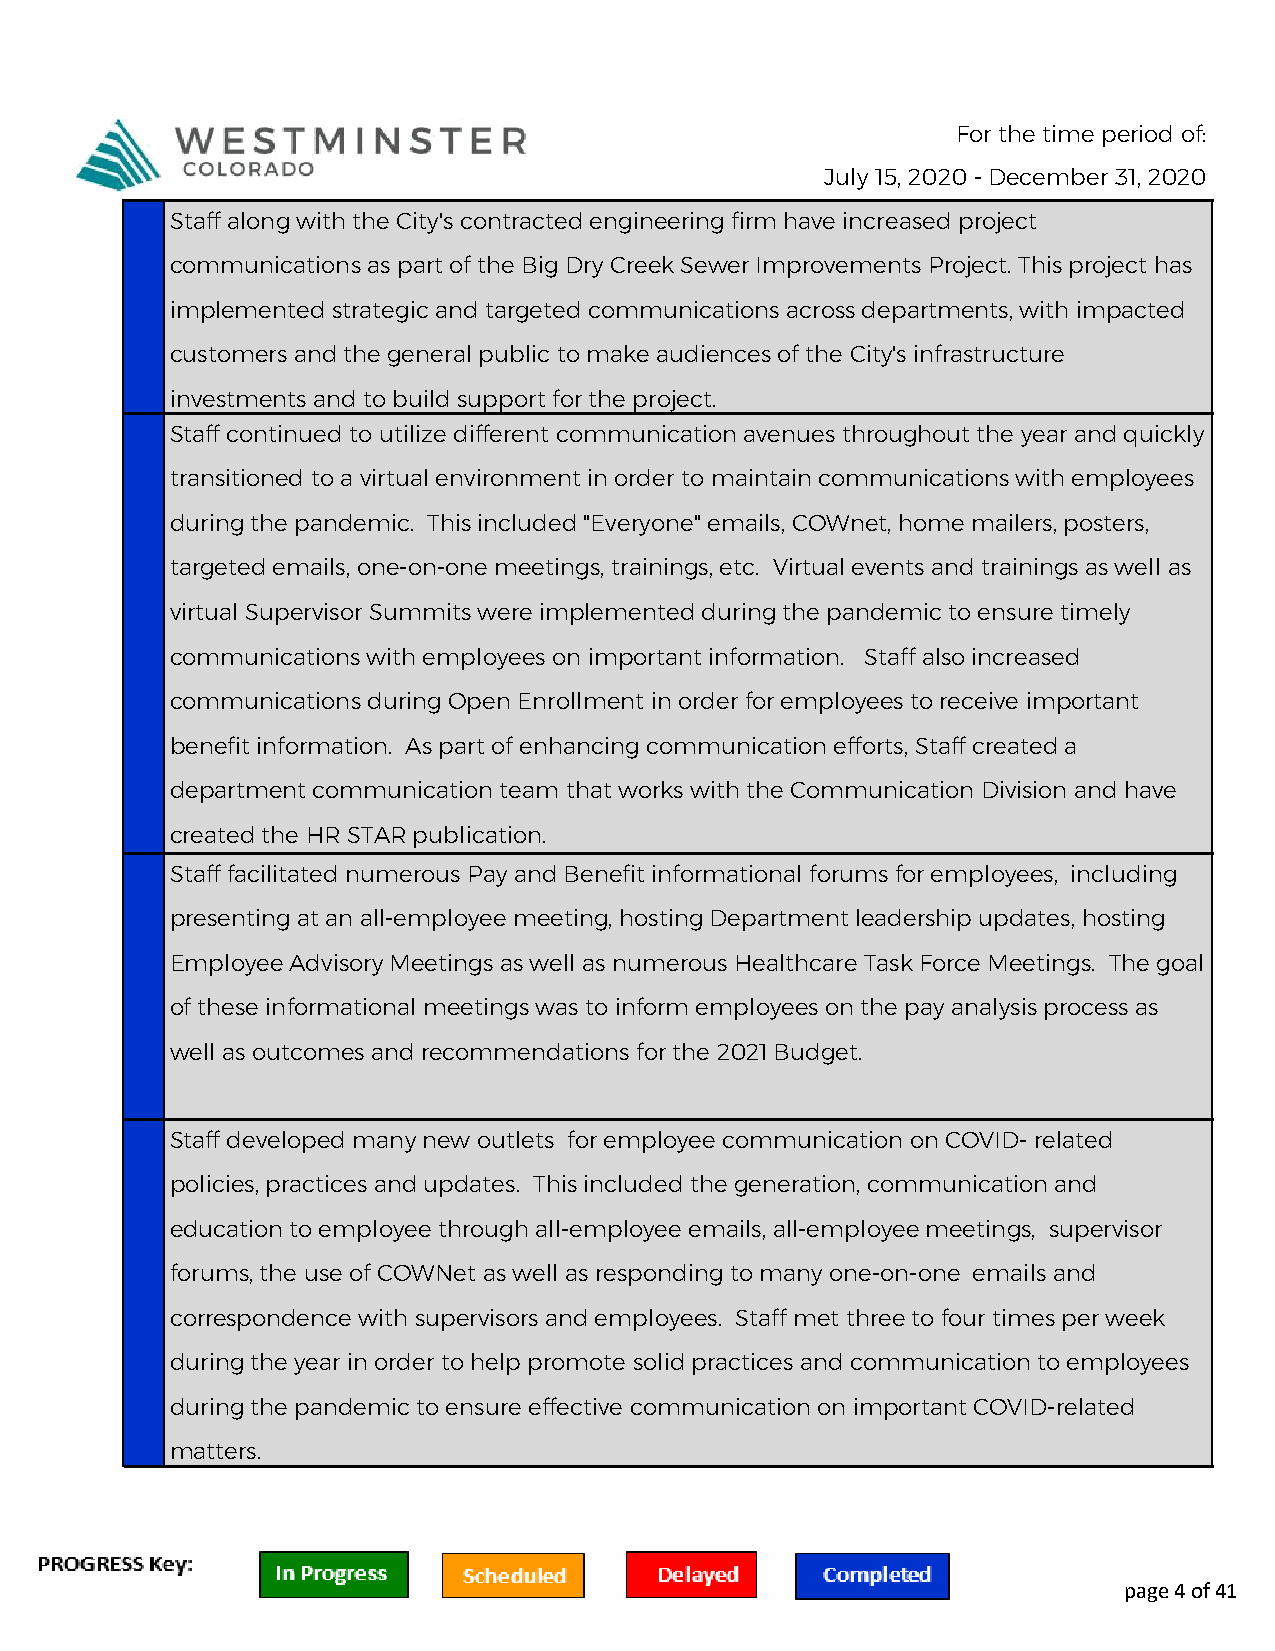
For the time period of:
 July 15, 2020 - December 31, 2020
 Staff along with the City's contracted engineering firm have increased project
 communications as part of the Big Dry Creek Sewer Improvements Project. This project has
 implemented strategic and targeted communications across departments, with impacted
 customers and the general public to make audiences of the City's infrastructure
 investments and to build support for the project.
 Staff continued to utilize different communication avenues throughout the year and quickly
 transitioned to a virtual environment in order to maintain communications with employees
 during the pandemic. This included "Everyone" emails, COWnet, home mailers, posters,
 targeted emails, one-on-one meetings, trainings, etc. Virtual events and trainings as well as
 virtual Supervisor Summits were implemented during the pandemic to ensure timely
 communications with employees on important information. Staff also increased
 communications during Open Enrollment in order for employees to receive important
 benefit information. As part of enhancing communication efforts, Staff created a
 department communication team that works with the Communication Division and have
 created the HR STAR publication.
 Staff facilitated numerous Pay and Benefit informational forums for employees, including
 presenting at an all-employee meeting, hosting Department leadership updates, hosting
 Employee Advisory Meetings as well as numerous Healthcare Task Force Meetings. The goal
 of these informational meetings was to inform employees on the pay analysis process as
 well as outcomes and recommendations for the 2021 Budget.
 Staff developed many new outlets for employee communication on COVID- related
 policies, practices and updates. This included the generation, communication and
 education to employee through all-employee emails, all-employee meetings, supervisor
 forums, the use of COWNet as well as responding to many one-on-one emails and
 correspondence with supervisors and employees. Staff met three to four times per week
 during the year in order to help promote solid practices and communication to employees
 during the pandemic to ensure effective communication on important COVID-related
 matters.
 page 4 of 41